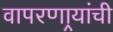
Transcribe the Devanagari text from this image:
वापरणार्‍यांची